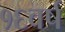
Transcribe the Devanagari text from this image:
१६वर्ष